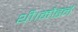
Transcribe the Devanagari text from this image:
थी।मौडर्न